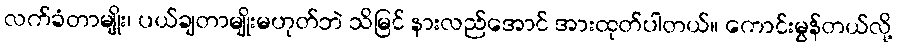
လက်ခံတာမျိုး၊ ပယ်ချတာမျိုးမဟုတ်ဘဲ သိမြင် နားလည်အောင် အားထုတ်ပါတယ်။ ကောင်းမွန်တယ်လို့